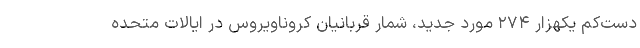
دست‌کم یکهزار ۲۷۴ مورد جدید، شمار قربانیان کروناویروس در ایالات متحده